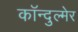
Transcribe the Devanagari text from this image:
कॉन्दुल्मेर